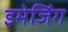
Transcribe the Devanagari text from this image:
इमेजिंग